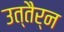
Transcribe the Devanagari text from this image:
उत्तैर्न